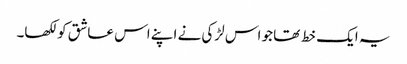
یہ ایک خط تھا جو اس لڑکی نے اپنے اس عاشق کو لکھا۔